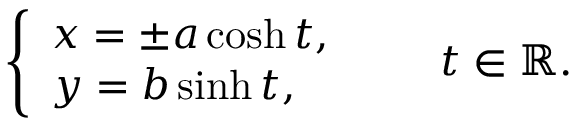
{ \left\{ \begin{array} { l l } { x = \pm a \cosh t , } \\ { y = b \sinh t , } \end{array} \right. } \qquad t \in \mathbb { R } .